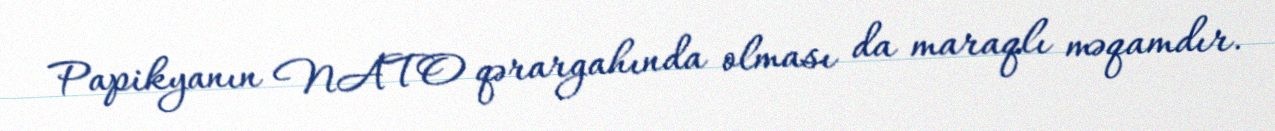
Papikyanın NATO qərargahında olması da maraqlı məqamdır.